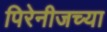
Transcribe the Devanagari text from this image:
पिरेनीजच्या